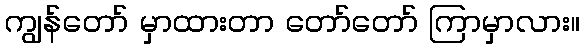
ကျွန်တော် မှာထားတာ တော်တော် ကြာမှာလား။